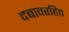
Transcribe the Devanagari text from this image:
दबावरहित